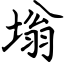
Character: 塕